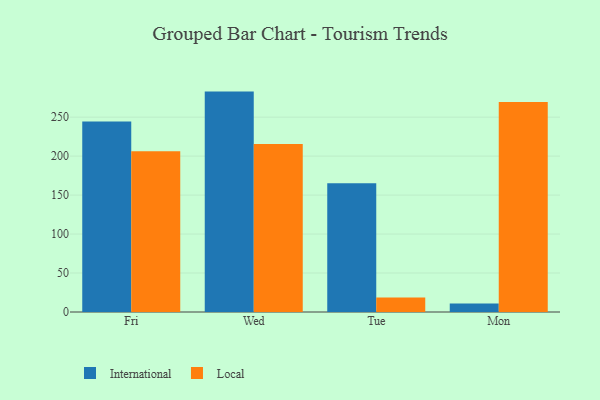
{"axis": {"x": "Day", "y": "Market Share (%)"}, "legend": ["International", "Local"], "data": [{"x": "Fri", "y": 244.4, "type": "International"}, {"x": "Fri", "y": 206.2, "type": "Local"}, {"x": "Wed", "y": 282.8, "type": "International"}, {"x": "Wed", "y": 215.7, "type": "Local"}, {"x": "Tue", "y": 165.1, "type": "International"}, {"x": "Tue", "y": 18.5, "type": "Local"}, {"x": "Mon", "y": 10.9, "type": "International"}, {"x": "Mon", "y": 269.4, "type": "Local"}]}